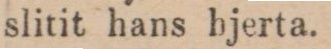
slitit hans hjerta.